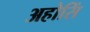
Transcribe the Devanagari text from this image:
अहोसिं